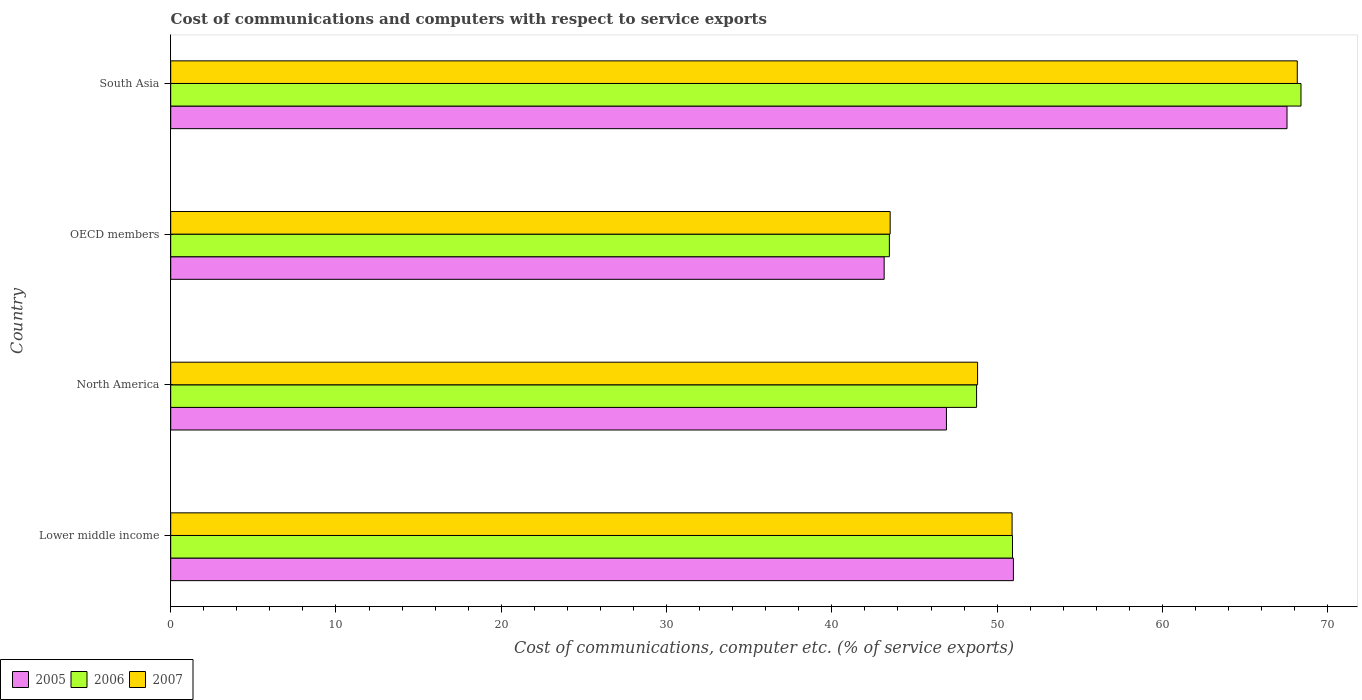
| Country | 2005 | 2006 | 2007 |
 | --- | --- | --- | --- |
 | Lower middle income | 51 | 50.9 | 50.9 |
 | North America | 46.9 | 48.8 | 48.8 |
 | OECD members | 43.2 | 43.5 | 43.5 |
 | South Asia | 67.5 | 68.4 | 68.2 |